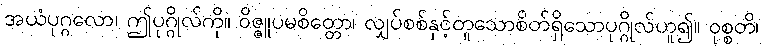
အယံပုဂ္ဂလော၊ ဤပုဂ္ဂိုလ်ကို။ ဝိဇ္ဇူပမစိတ္တော၊ လျှပ်စစ်နှင့်တူသောစိတ်ရှိသောပုဂ္ဂိုလ်ဟူ၍။ ဝုစ္စတိ၊